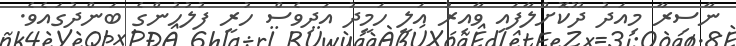
ނާސިރާ މިއަދު ދޫކޮށްލާފައި ވާއިރު އަލީ ހަމީދު އަދިވެސް ހުރީ ފުލުހުންގެ ބަންދުގައެވެ.